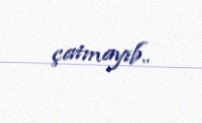
çatmayıb..